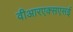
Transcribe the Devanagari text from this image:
वीआरएक्सएसई